Tezpur Lunatic Asylum reports 1877-1894 - 1877-1894
Year: 1877
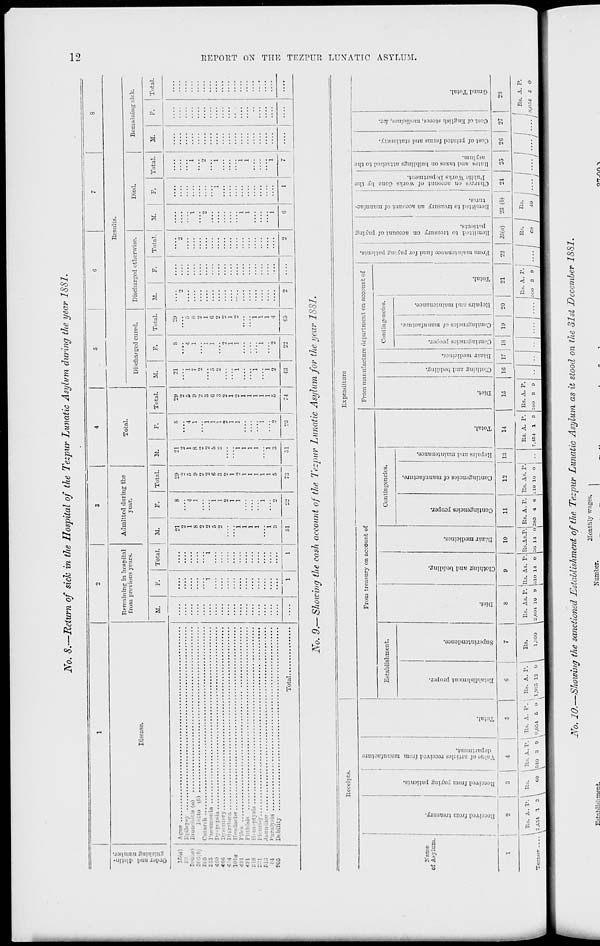
JS r o. 8.—Return of sick in the Hospital of the Tezpur Lunatic Asylum during the year 1SS1.
c 5
Disease.
Remaining in hospital
from previous years.
Admitted during the
year.
Total.
Results.
Discharged cured.
Discharged otherwise.
Died.
Remaining sick.
M.
Total
M.
Total.
M.
Total.
M.
[
F.
Total, i M.
F.
! Total.
31.
Total.
IT.
Total.
15 fa,
I
i ■
4 •
466
4 4
101a
4'. I
in
818
: '
613
;
90S
I <_ T ue
,
I isy
Bronchitis (a)
I o (0)
Catarrh
Pneumonia
D;■-]•. psia
Ill 6 !!!(■!)■
Diarrhoea
ache
isis
: Sis
y
Jaundice
Paralysis
Debility
Total.
21
2
1
8
2
2
1 '
1 j
1
1 :
"i i
3
51
20
21
o
2
5
1
9
8
2
2
2
6
5
3
2
1
2
1
1
1
1
1
]
1
1
1
1
5
3
7a
51
2 it
21
8
"i
4
7
1
«>
1
o
1
2
2
1
1
1
"i
1
i
2
2
-ia
22
G5
1
I\ T 0. 9.— Showing the cash account of the Tezpur Lunatic Asylum for the year 1881.
Receipts.
Expenditure
to
El
O
t-3
O
54
El
N
n
a
!2j
1
g
From treasury on account of
From manufacture department on account of
ra"
to
i
2
1
i
d
g
d
p.
a
c-
o
o
3
Establishment.
Contingencies.
Contingencies.
O
H
>,
d
>
5
to
o
=y
73
B
3
43
-*
2
g
TT
-1
O
"^
*5
a
o
H
2
c.
d
g
^s
to
"3
^H
Name
f^>
"3
Pi
■-
o
d
d
'3
s
a
d
§
j d O
d
d
d
2 -w
■ si a
5
s
r 1
of Asylum.
to
s
j.
IT
•a
to
d
1
C
p
ntingencies of mam
tp
■a
"3
|
c
5
5
3
1
5
>>
3
2
o
d
n account
irks Depart
S
a
0
o
1
"to
"3
i
■a
>
"5
3
c
be
a
-3
o
to
s
5
"3
to
o
•3
to
'3
"5
2
.1-1 — V g 0
S d
i "3 o
■a
d
ci
s
o
a
o
-~
o
o
O
o Z
•
fH
P-
H
w
to
o
s 1 «
o
o
«
EH
J
O
O
H
D
o
P5
H
ta
tf
CS
^j
—
r~>
O
a
i
1
!
2
3
4
5
.
|
7
|
8
9
10
11
12
|
1
13 1
14
15
16 17 18
1
10
20
21
22
23(a)
23 (6)
1
24
25
2G
27
23
Bs. A. r. i
Bs. A. r.
540 3 0 |
Bs. A. P.
II*. A. P. 1
E.3.
Rs. As. P. Its. As. P. Rs.As.P. Rs. A. P. Rs. As. P.
Rs. A. r. Rs. A. P. |
Bs. A. P.
I i 1 Bs. |
1
I
|
f Rs. A. P.
Tezpor
.7,454 1 T, ' i
CO
8,054 D o 1,9^5 12 0 \
1JBO0
1 2,c;oi io o laio li o 56 14 0
I
385 4 C .10 10 0
7,454 1 3 rj 00 3 0
..
••
.... .... r, (JO 3 9 1 .... 1 CO / Ei ... / ...y -7 / 8,054. D O
Eitnbliihment.
i\ r o. 10.—Showing the sanctioned Establishment of the Tezpur Lunatic Asylum as it stood on the 31st December 18S1.
Honthly wages, i
Number.
orr.nn -v